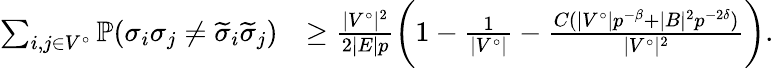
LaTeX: \begin{array}{rl}{\sum_{i,j\in V^{\circ}}\mathbb{P}(\sigma_{i}\sigma_{j}\ne\widetilde{\sigma}_{i}\widetilde{\sigma}_{j})}&{\ge\frac{|V^{\circ}|^{2}}{2|E|p}\biggl(1-\frac{1}{|V^{\circ}|}-\frac{C(|V^{\circ}|p^{-\beta}+|B|^{2}p^{-2\delta})}{|V^{\circ}|^{2}}\biggr).}\end{array}